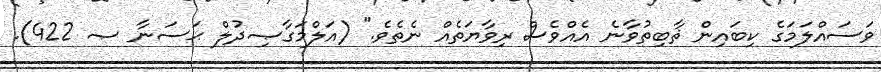
ވަސައްލަމަގެ ކިބައިން ޘާބިތުވާނެ އެއްވެސް ރިވާޔަތެއް ނެތެވެ." (އަލްމަގާޞިދުލް ޙަސަނާ ޞ 422).